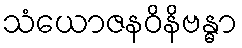
သံယောဇနဝိနိဗန္ဓာ